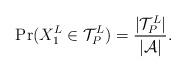
LaTeX: \begin{align*}\mathrm{Pr}(X_1^L \in \mathcal{T}_{P}^{L}) = \frac{|\mathcal{T}_{P}^{L}|}{|\mathcal{A}|} .\end{align*}